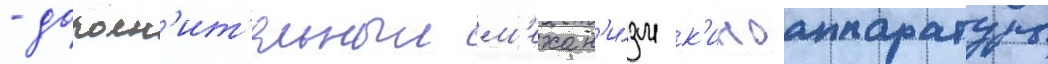
- дополн'ит'ельныи м'ехан'и́зм к'иноаппаратуры